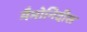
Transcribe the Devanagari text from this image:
मैभोनिदीस